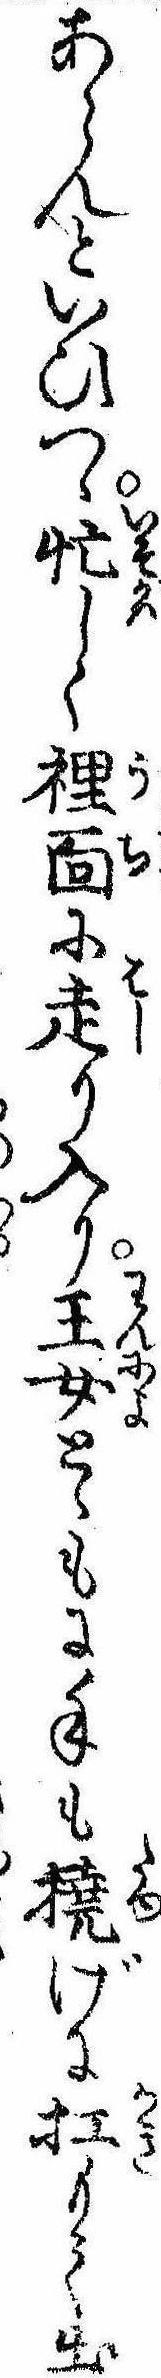
あらんといひつゝ忙しく裏面に走り入り王女とゝもに手も撓げに扛もて出